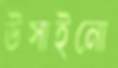
উসাইনো